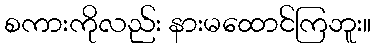
စကားကိုလည်း နားမထောင်ကြဘူး။